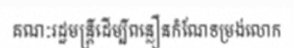
គណៈរដ្ឋមន្ត្រីដើម្បីពន្លឿនកំណែទម្រង់លោក